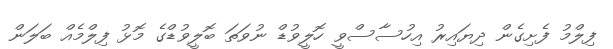
ފިލްމު ފެށިގެން ދިޔައިރު އިހުސާސްވީ ހޮލީވުޑް ނުވަތަ ބޮލީވުޑްގެ މޮޅު ފިލްމެއް ބަލަން